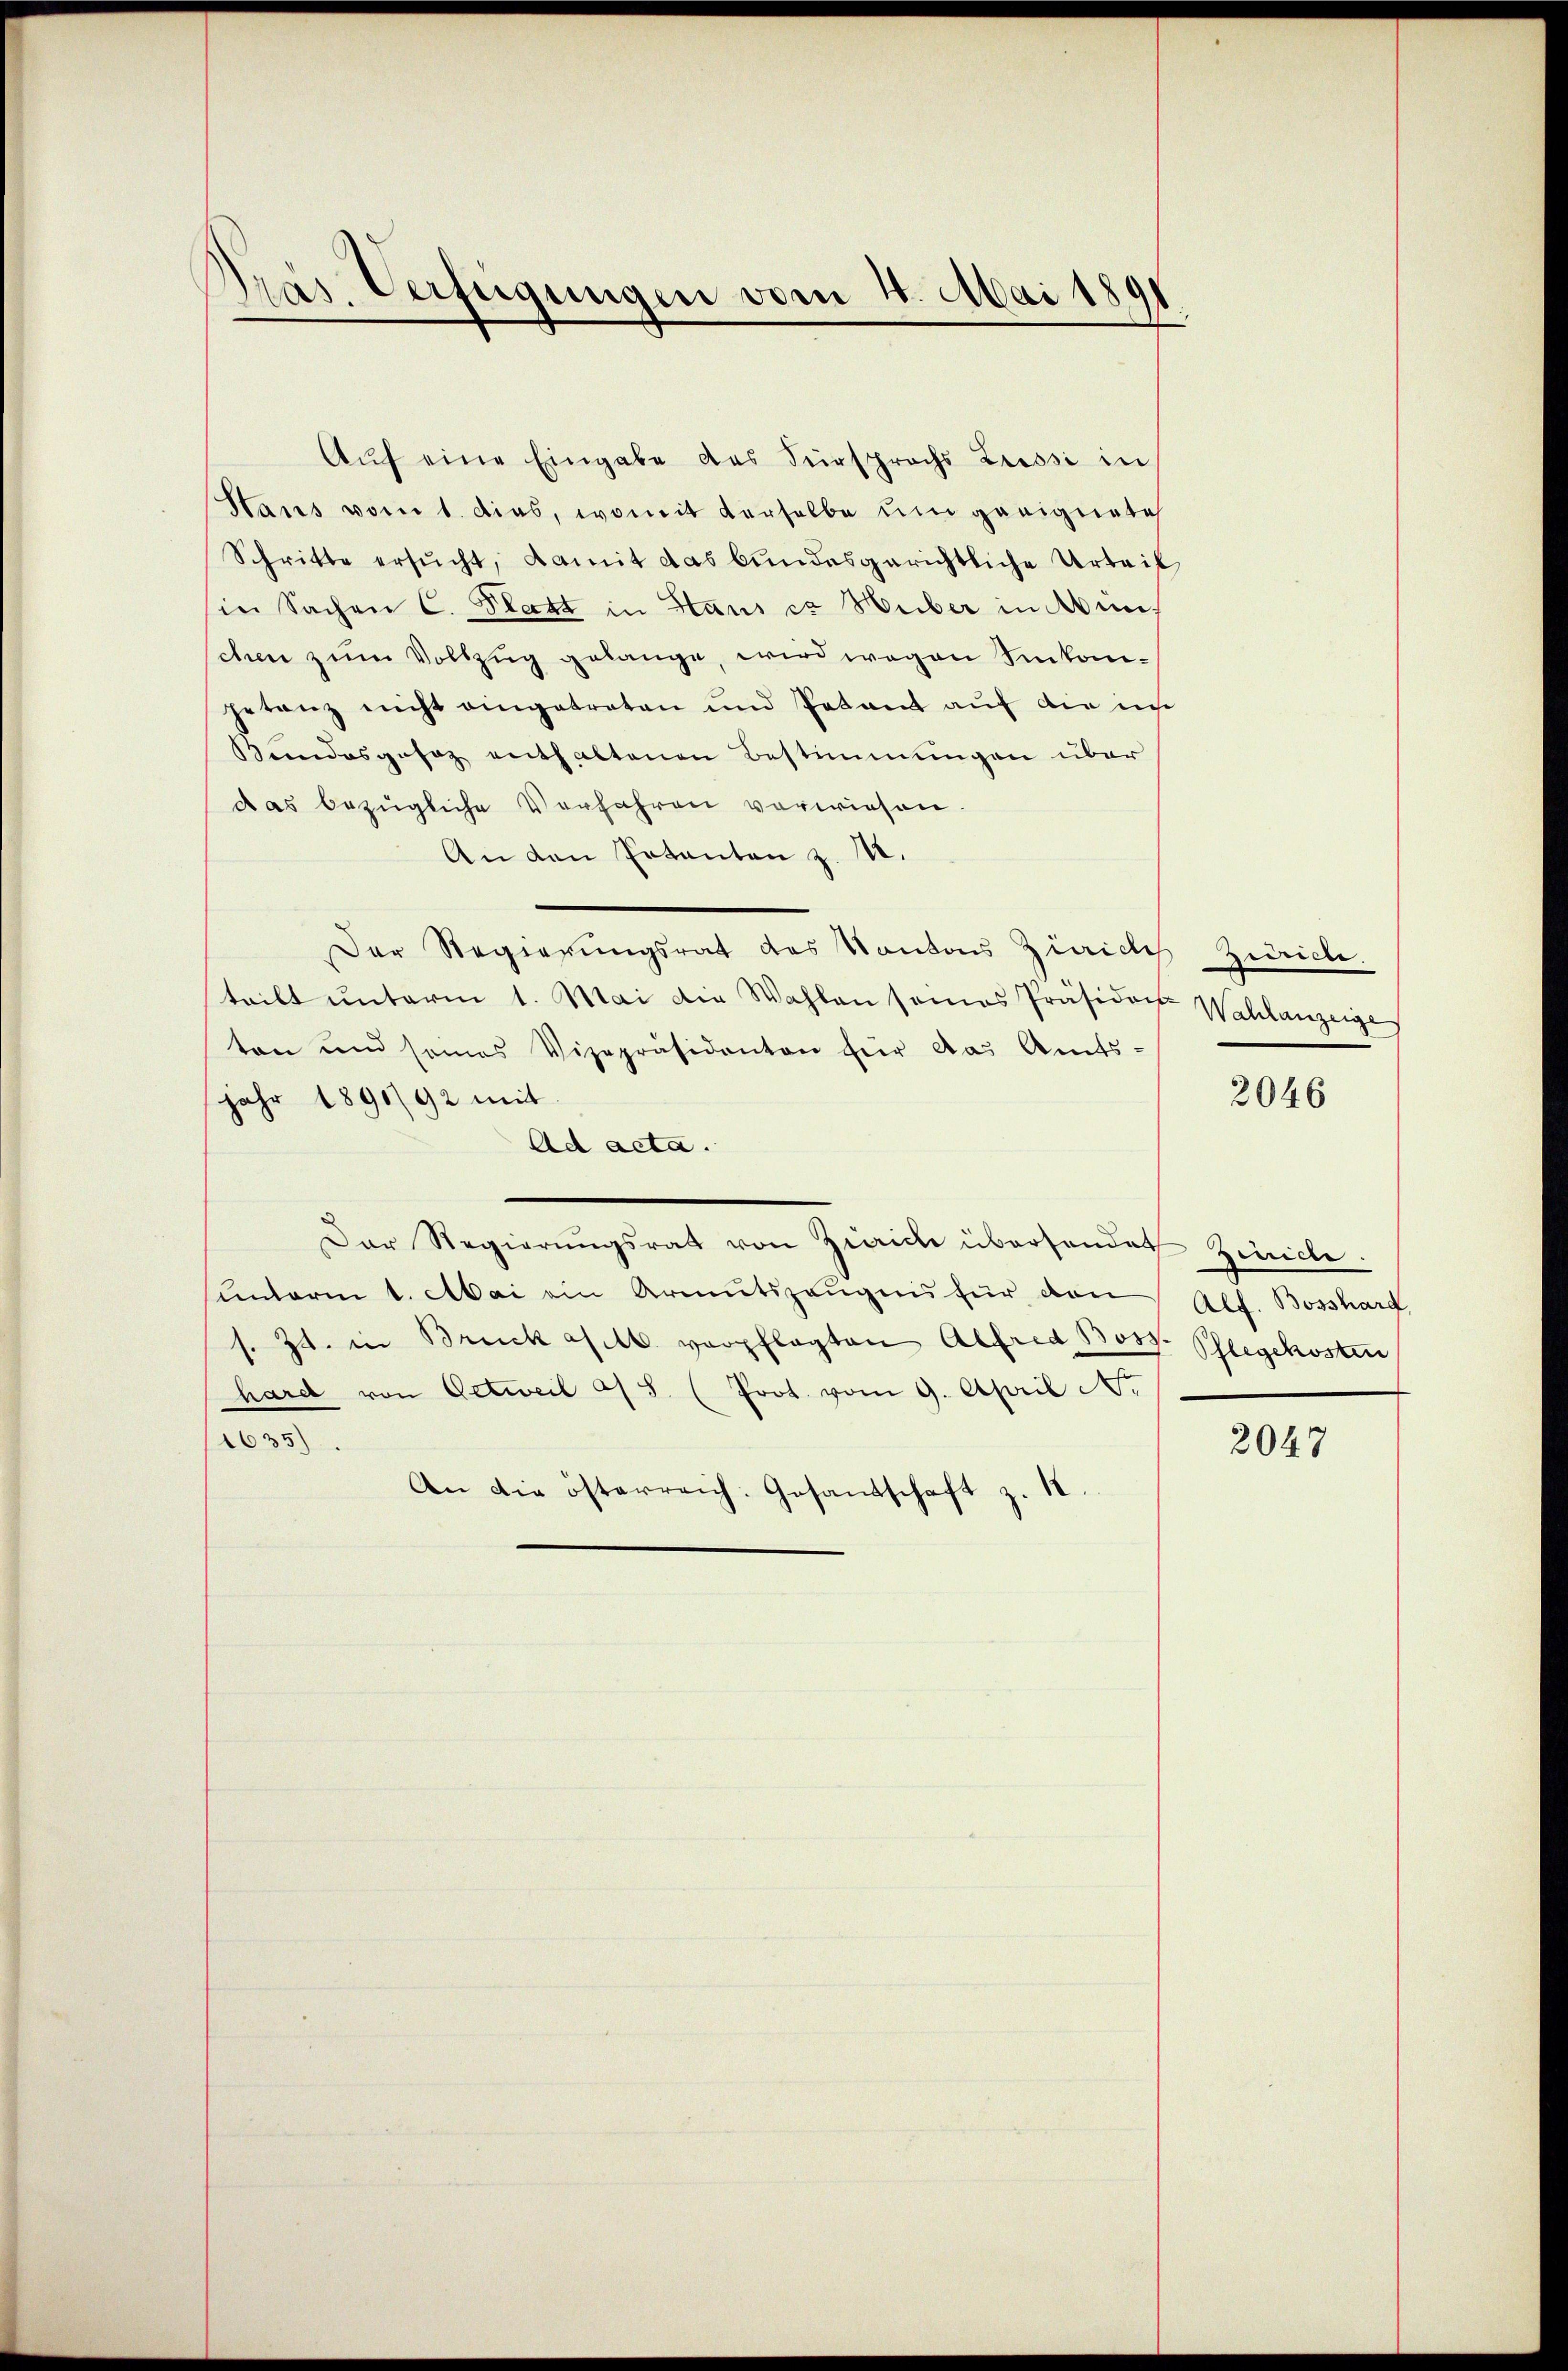
räs. Verfügungen vom 4. Mai 1891

Aŭf eine Eingabe des Fürsprachs Lessi in
Stans vom 1. dies, womit derselbe um geeignete
Schritte ersŭcht, damit das bundesgerichtliche Urteil
sie Sachen C. Platt in Staus et Huber in Minschen zum Vollzug gelange, wird wegen Sinkongetanz nicht eingetreten und Petent auf die in
Bundesgesez enthaltenen Bestimmungen über
das bezügliche Verfahren verwiesen.
An den Potanten z. M.
Der Regierungsrat des Kantons Züriches Zürich.
tritt unterm 1. Mai die Wahlen seines Präsidor Wahlanzeige
ten und seines Vizepräsidenten für das Amts-
jahr 1890/92 mit
Ad acta.
Der Regierŭngsrath von Ziaich übersendet Zürich
hunterm 1. Mai ein Armutszeugnis für den
s. Zt. in Bruck geb. verpflegten Alfred Boss. Pflegekosten
hard von Oetweil a/S. (Prot. vom 9. April c.
1635)
An die österreich. Gesandschaft z. 18

2046

Alf. Bosshard,

2047